Vaccination United Provinces of Agra and Oudh 1902-1913 - 1902-1913
Year: 1902
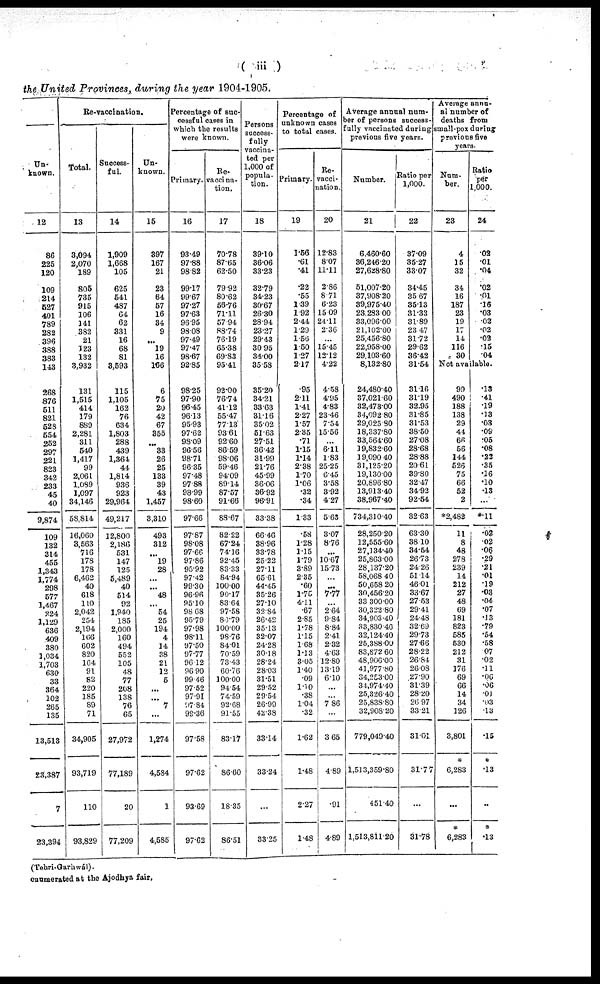
( iii )
the United Provinces, during the year 1904-1905.
Un-
known.
12
86
225
120
109
214
527
401
789
282
396
388
383
143
268
876
511
821
528
554
252
297
221
823
342
233
45
40
9,874
109
132
314
455
1,343
1,774
298
577
1,467
224
1,129
636
409
380
1,034
1,703
630
33
364
102
265
135
13,513
23,387
7
23,394
Re-vaccination.
Total.
13
3,094
2,070
189
805
735
915
106
141
382
21
123
132
3,932
131
1,515
414
179
889
2,281
311
540
1,417
99
2,061
1,089
1,097
34,146
58,814
16,060
3,563
716
178
178
6,462
40
618
110
2,042
254
2,194
166
602
820
164
91
82
220
185
89
71
34,905
93,719
110
93,829
Success-
ful.
14
1,909
1,668
105
625
541
487
64
62
331
16
68
81
3,593
115
1,105
162
76
634
1,803
288
439
1,364
44
1,814
936
923
29,964
49,217
12,800
2,186
531
147
125
5,489
40
514
92
1,940
185
2,000
160
494
552
105
48
77
208
138
76
65
27,972
77,189
20
77,209
Un-
known.
15
397
167
21
23
64
57
16
34
9
...
19
16
166
6
75
20
42
67
355
...
33
26
25
133
39
43
1,457
3,310
493
312
...
19
28
...
...
48
...
54
25
194
4
14
38
21
12
5
...
...
7
...
1,274
4,584
1
4,585
Percentage of suc-
cessful cases in
which the results
were known.
Primary.
16
93.49
97.88
9882
99.17
99.67
97.27
97.63
96.95
98.08
97.49
97.47
98.67
92.85
98.25
97.90
96.45
96.13
95.93
97.62
98.09
96.56
98.71
96.35
97.48
97.88
98.99
98.60
97.66
97.87
98.08
97.66
97.86
95.92
97.42
99.30
96.96
95.10
98.68
95.79
97.98
98.11
97.50
97.77
96.12
96.90
99.46
97.52
97.91
97.84
98.36
97.58
97.62
93.69
9762
Re¬
vaccina-
tion.
17
70.78
87.65
62.50
79.92
80.62
56.76
71.11
57.94
88.74
76.19
65.38
69.83
95.41
92.00
76.74
41.12
55.47
77.13
93.61
92.60
86.59
98.06
59.46
94.09
89.14
87.57
91.66
88.67
82.22
67.24
74.16
92.45
83.33
84.94
100.00
90.17
83.64
97.58
80.79
100.00
98.76
84.01
70.59
73.43
60.76
100.00
94.54
74.59
92.68
91.55
83.17
86.60
18.35
86.51
Persons
success-
fully
vaccina-
ted per
1,000 of
popula-
tion.
18
39.10
36.06
33.23
32.79
34.23
30.67
26.30
28.94
23.27
29.43
30.95
34.00
35.58
35.20
34.21
33.63
31.16
35.02
51.63
27.51
36.42
31.99
21.76
45.99
36.06
36.92
96.91
33.38
66.46
38.96
33.78
25.22
27.11
65.61
44.45
35.26
27.10
32.84
26.42
35.13
32.07
24.28
30.18
28.24
28.03
31.51
29.52
29.54
26.99
42.38
33.14
33.24
...
33.25
Percentage of
unknown cases
to total cases.
Primary.
19
1.56
.61
.41
.22
.55
1.39
1.92
2.44
1.29
1.56
1.50
1.27
2.17
.95
2.11
1.41
2.27
1.57
2.35
.71
1.15
1.14
2.38
1.70
1.06
.32
.34
1.33
.58
1.28
115
1.79
3.89
2.35
.60
1.75
4.11
.67
2.85
1.78
1.15
1.68
1.13
3.05
1.40
.09
1.10
.38
1.04
.32
1.62
1.48
2.27
1.48
Re-
vacci-
nation.
20
12.83
8.07
11.11
2.86
8.71
6.23
15.09
24.11
236
...
15.45
12.12
4.22
4.58
4.95
4.83
23.46
7.54
15.56
...
6.11
1.83
25.25
6.45
3.58
3.92
4.27
5.63
3.07
8.76
...
10.67
15.73
...
...
7.77
...
2.64
9.84
8.84
2.41
2.32
4.63
12.80
13.19
6.10
...
...
7.86
...
3.65
4.89
.91
4.89
Average annual num-
ber of persons success-
fully vaccinated during
previous five years.
Number.
21
6,460.60
36,246.20
27,628.80
51,007.20
37,908.20
39,975.40
23,233.00
33,096.00
21,102.00
25,456.80
22,958.00
29,103.60
8,132.80
24,480.40
37,021.60
32,473.00
34,092.80
29,025.80
18,337.80
33,564.60
19,832.60
19,090.40
31,125.20
19,130.00
20,896.80
13,913.40
38,967.40
734,310.40
28,250.20
12,555.60
27,134.40
25,863.00
28,137.20
58,068.40
50,658.20
30,456.20
33,300.00
30,322.80
34,903.40
33,830.40
32,124.40
25,388.00
83,872.60
48,906.00
41,977.80
34,253.00
34,974.40
25,326.40
25,838.80
32,908.20
779,049.40
1,513,359.80
451.40
1,513,811.20
Ratio per
1,000.
22
37.09
35.27
33.07
34.45
35.67
35.13
31.33
31.89
23.47
31.72
29.62
36.42
31.54
31.16
3119
32.95
31.85
31.53
38.50
27.08
28.68
28.88
20.61
39.80
32.47
34.92
92.54
32.63
63.30
38.10
34.54
26.73
24.26
51.14
46.01
33.67
27.53
29.41
24.48
32.69
29.73
27.66
28.22
26.84
26.08
27.90
31.39
28.20
26.97
33.21
31.01
31.77
...
31.78
Average annu
al number of
deaths from
small-pox during
previous five
years.
Num-
ber.
23
4
15
32
34
16
187
23
19
17
14
116
30
Ratio
per
1,000.
24
.02
.01
.04
.02
.01
.16
.03
.02
.02
.02
.15
.04
Not available.
99
490
188
138
29
44
66
56
144
526
75
66
52
2
*2,482
11
8
48
278
239
14
212
27
48
69
181
823
585
530
212
31
176
69
66
14
34
126
3,801
*
6,283
...
*
6,283
.13
.41
.19
.13
.03
.09
.05
.08
.23
.35
.16
.10
.13
...
*.11
.02
.02
.06
.29
.21
.01
.19
.03
.04
.07
.13
.79
.54
.58
.07
.02
.11
.06
.06
.01
.03
.13
.15
*
.13
...
*
.13
(Tehri-Garhwál).
enumerated at the Ajodhya fair.